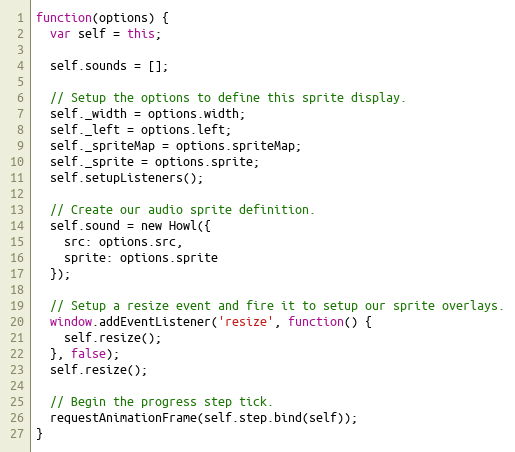
Language: JavaScript
function(options) {
  var self = this;

  self.sounds = [];

  // Setup the options to define this sprite display.
  self._width = options.width;
  self._left = options.left;
  self._spriteMap = options.spriteMap;
  self._sprite = options.sprite;
  self.setupListeners();

  // Create our audio sprite definition.
  self.sound = new Howl({
    src: options.src,
    sprite: options.sprite
  });

  // Setup a resize event and fire it to setup our sprite overlays.
  window.addEventListener('resize', function() {
    self.resize();
  }, false);
  self.resize();

  // Begin the progress step tick.
  requestAnimationFrame(self.step.bind(self));
}